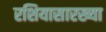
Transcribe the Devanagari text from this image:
रशियासारख्या